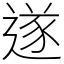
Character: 遂